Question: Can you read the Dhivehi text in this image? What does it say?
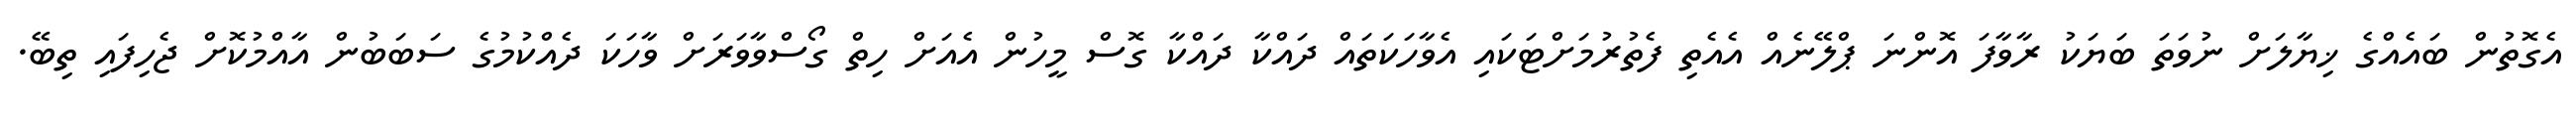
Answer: އެގޮތުން ބައެއްގެ ޚިޔާލަށް ނުވަތަ ބަޔަކު ރާވާފަ އޮންނަ ޕްލޭނެއް އެއެތި ފެތުރުމަށްޓަކައި އެވާހަކަތައް ދައްކާ ދައްކާ ގޮސް މީހުން އެއަށް ހިތް ގޯސްވާވަރަށް ވާހަކަ ދެއްކުމުގެ ސަބަބުން އާއްމުކޮށް ޖެހިފައި ތިބޭ.